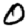
Digit: 0